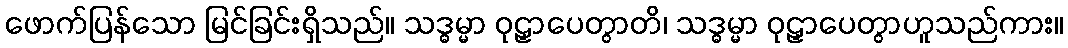
ဖောက်ပြန်သော မြင်ခြင်းရှိသည်။ သဒ္ဓမ္မာ ဝုဠှာပေတွာတိ၊ သဒ္ဓမ္မာ ဝုဠှာပေတွာဟူသည်ကား။